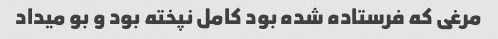
مرغی که فرستاده شده بود کامل نپخته بود و بو میداد